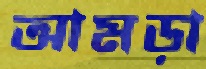
আমড়া